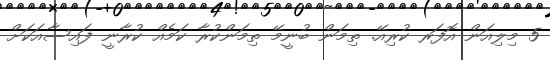
5 މިލިއަން އޮފަރ ކުރިއޭ. ތިމަން ބުނީމޭ ތިމަންކުރާ ކަމެއް ކުރާނީ ފައިސާއަކަށް